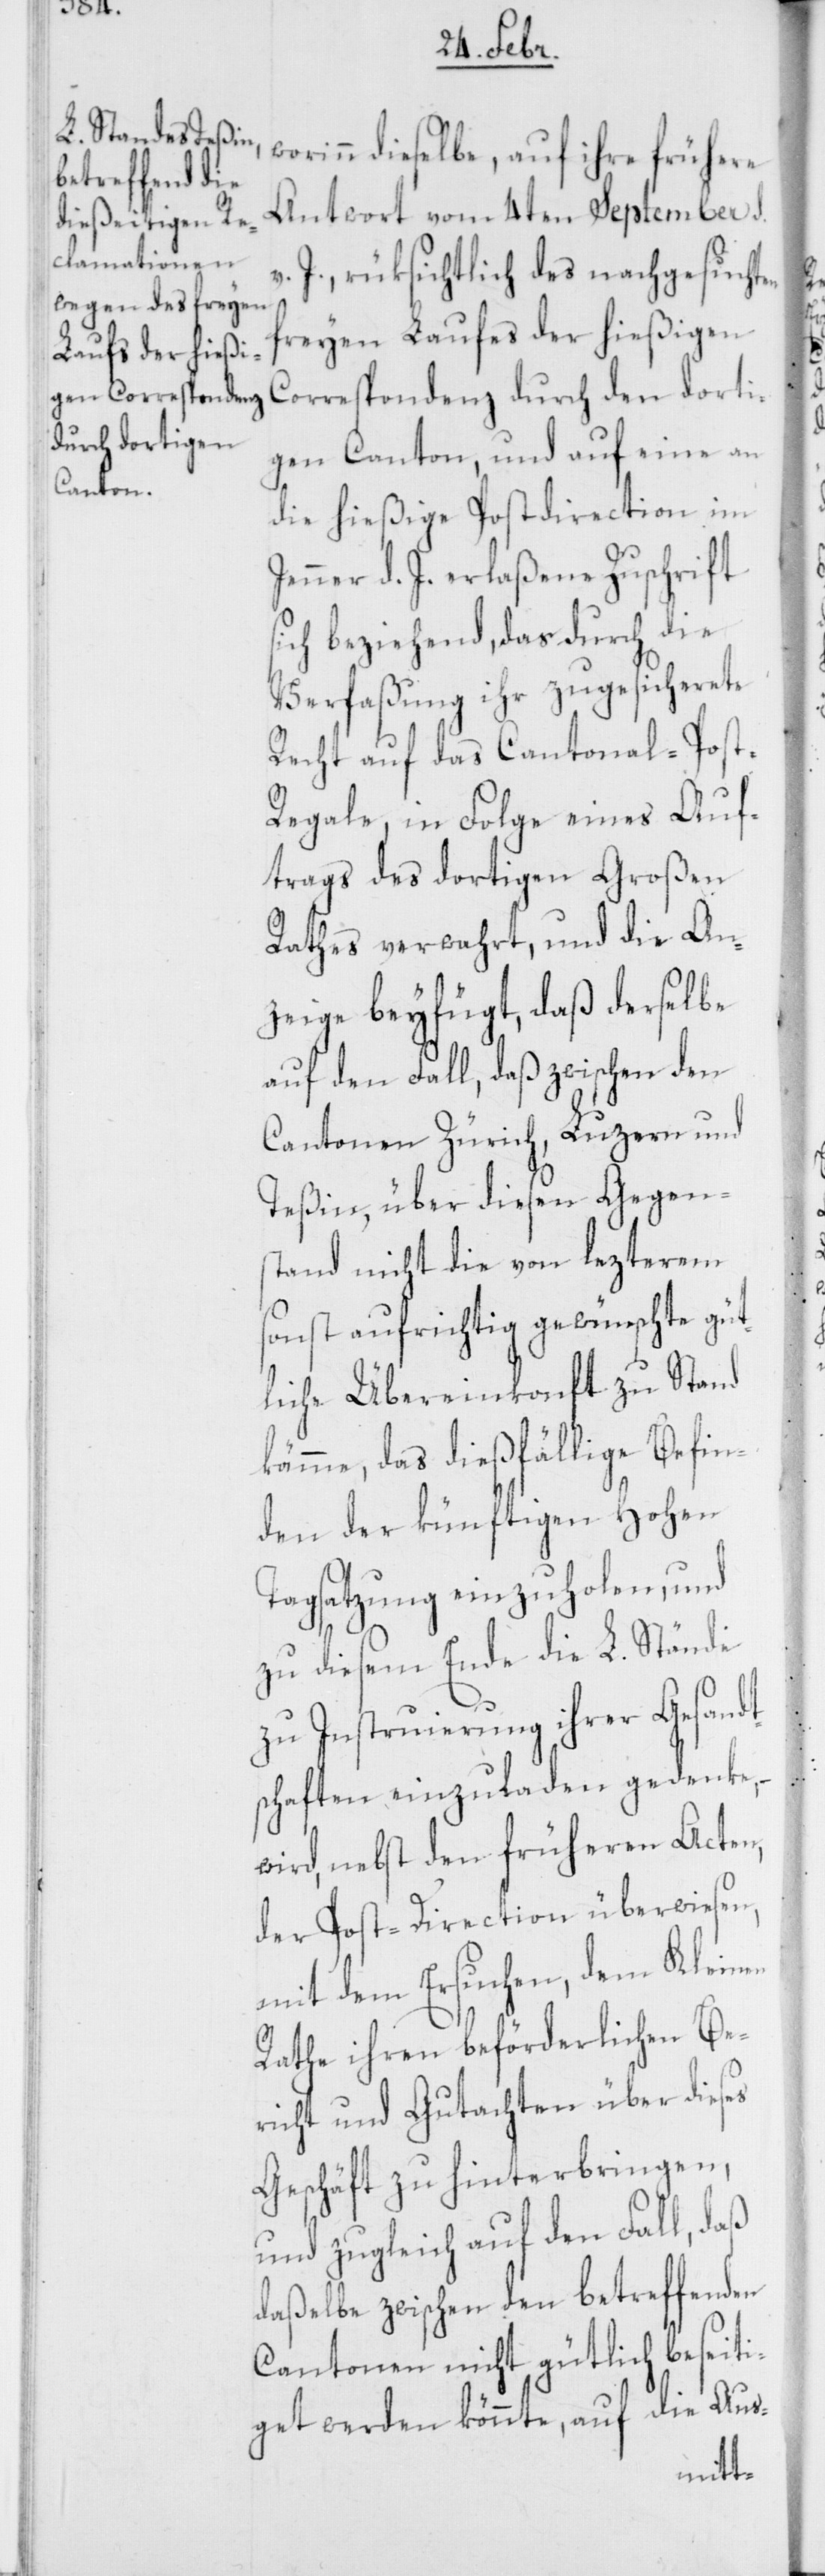
s¬

dieselbe, auf ihre frühere
Antwort vom 4ten September d.
v. J., rüksichtlich des nachgesuchten
freyen Laufes der hießigen
Correspondenz durch den dorti¬
gen Canton, und auf eine an
die hießige Postdirection im
Jenner d. J. erlaßene Zuschrift
ich beziehend, das durch die
Verfaßung ihr zugesicherete
Recht auf das Cantonal-Pos¬
t-Regale, in Folge eines Auf¬
trags des dortigen Großen
Rathes verwahrt, und die An¬
zeige beyfügt, daß derselbe
auf den Fall, daß zwischen den
Cantonen Zürich, Luzern und
Teßin, über diesen Gegen¬
stand nicht die von lezterem
sonst aufrichtig gewünschte güt¬
liche Übereinkonft zu Stand
kämme, das dießfällige Befin¬
den der künftigen Hohen
Tagsatzung einzuholen, und
zu diesem Ende die L. Stände
zu Instruierung ihrer Gesandt¬
schaften einzuladen gedenke, –
wird, nebst den früheren Acten,
der Post-Direction überwiesen,
mit dem Ersuchen, dem Kleinen
Rathe ihren beförderlichen Be¬
richt und Gutachten über dieses
Geschäft zu hinterbringen,
und zugleich auf den Fall, daß
daßelbe zwischen den betreffenden
Cantonen nicht gütlich beseiti¬
get werden könnte, auf die Aus-